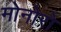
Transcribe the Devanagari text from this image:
मोनोरो